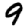
Digit: 9